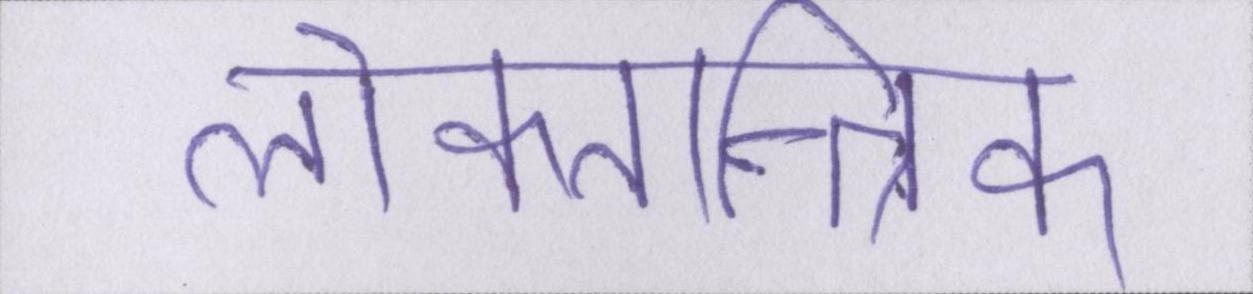
लोकतान्त्रिक